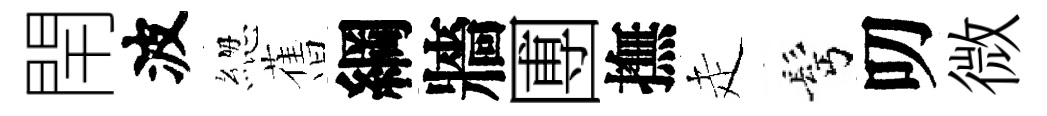
閈波緫𦾔綱牆圑撫走髩叨微